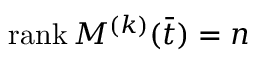
\operatorname { r a n k } M ^ { ( k ) } ( { \bar { t } } ) = n